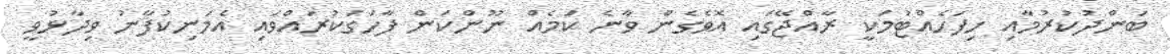
ބަންދުކުރުމާއި ހިފަހެއްޓުމަކީ ރާއްޖޭގައި އޮވެގެން ވާނެ ކަމެއް ނޫންކަން ފާހަގަކުރައްވައި އެމަނިކުފާނު ވިދާޅުވީ